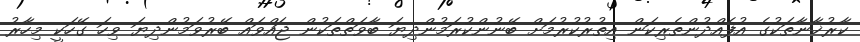
ކާރުޚާނާތަކުގެ އުފެއްދުންތެރިކަން އިތުރުކުރުމަށް ބޭނުންކުރަމުންދިޔަ ބާވަތްތަކުން ޖައްވައް ބޭރުވަމުންދިޔަ ވިހަ ގޭހަކީ މިހާރު